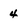
Character: 4